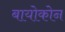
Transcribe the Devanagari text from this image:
बायोकोन